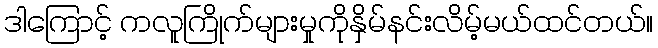
ဒါကြောင့် ကလူကြိုက်များမှုကိုနှိမ်နင်းလိမ့်မယ်ထင်တယ်။